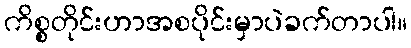
ကိစ္စတိုင်းဟာအစပိုင်းမှာပဲခက်တာပါ။